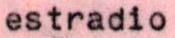
estradio